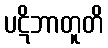
ပဋိဘာတူတိ